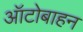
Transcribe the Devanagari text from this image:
ऑटोबाहन